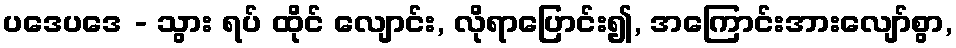
ပဒေပဒေ - သွား ရပ် ထိုင် လျောင်း, လိုရာပြောင်း၍, အကြောင်းအားလျော်စွာ,